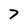
Character: 7